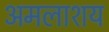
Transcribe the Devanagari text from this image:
अमलाशय